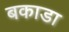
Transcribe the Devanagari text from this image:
बकाडा